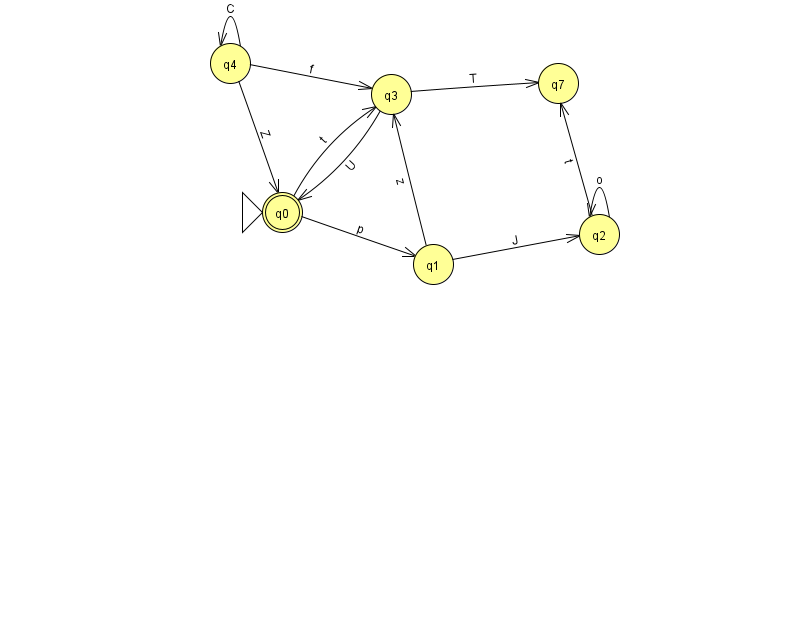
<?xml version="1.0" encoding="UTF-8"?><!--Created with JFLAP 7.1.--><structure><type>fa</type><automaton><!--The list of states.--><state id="0" name="q0"><x>282.0</x><y>199.0</y><initial/><final/></state><state id="1" name="q1"><x>433.0</x><y>251.0</y></state><state id="2" name="q2"><x>599.0</x><y>221.0</y></state><state id="3" name="q3"><x>391.0</x><y>81.0</y></state><state id="4" name="q4"><x>230.0</x><y>50.0</y></state><state id="7" name="q7"><x>558.0</x><y>70.0</y></state><!--The list of transitions.--><transition><from>1</from><to>2</to><read>J</read></transition><transition><from>1</from><to>3</to><read>z</read></transition><transition><from>3</from><to>0</to><read>U</read></transition><transition><from>0</from><to>3</to><read>t</read></transition><transition><from>4</from><to>3</to><read>f</read></transition><transition><from>4</from><to>4</to><read>C</read></transition><transition><from>4</from><to>0</to><read>Z</read></transition><transition><from>0</from><to>1</to><read>p</read></transition><transition><from>2</from><to>7</to><read>t</read></transition><transition><from>3</from><to>7</to><read>T</read></transition><transition><from>2</from><to>2</to><read>o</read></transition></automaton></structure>